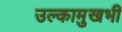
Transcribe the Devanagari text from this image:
उल्कामुखभी